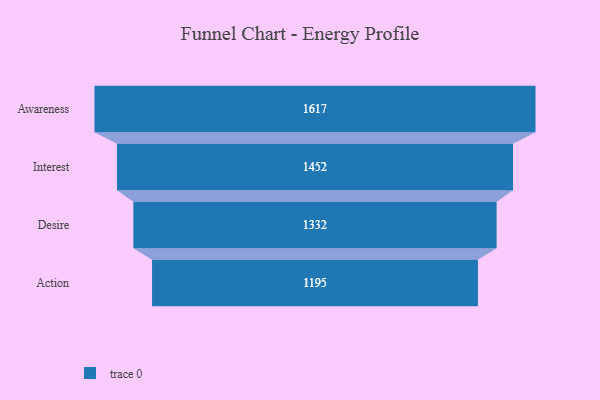
{"axis": {"x": "Stage", "y": "Value"}, "legend": [""], "data": [{"x": "Awareness", "y": 1617.0, "type": ""}, {"x": "Interest", "y": 1452.0, "type": ""}, {"x": "Desire", "y": 1332.0, "type": ""}, {"x": "Action", "y": 1195.0, "type": ""}]}